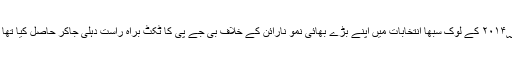
سابق ڈی جی پی ہریش چندر نے ۲۰۱۴؁ کے لوک سبھا انتخابات میں اپنے بڑے بھائی نمو نارائن کے خلاف بی جے پی کا ٹکٹ براہ راست دہلی جاکر حاصل کیا تھا اور انہیں تیسرے نمبر پر ڈھکیل دیا۔